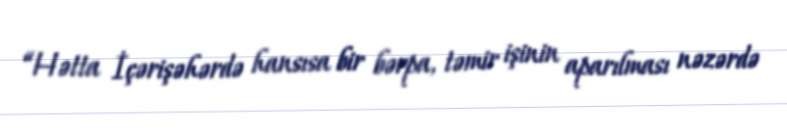
“Hətta İçərişəhərdə hansısa bir bərpa, təmir işinin aparılması nəzərdə